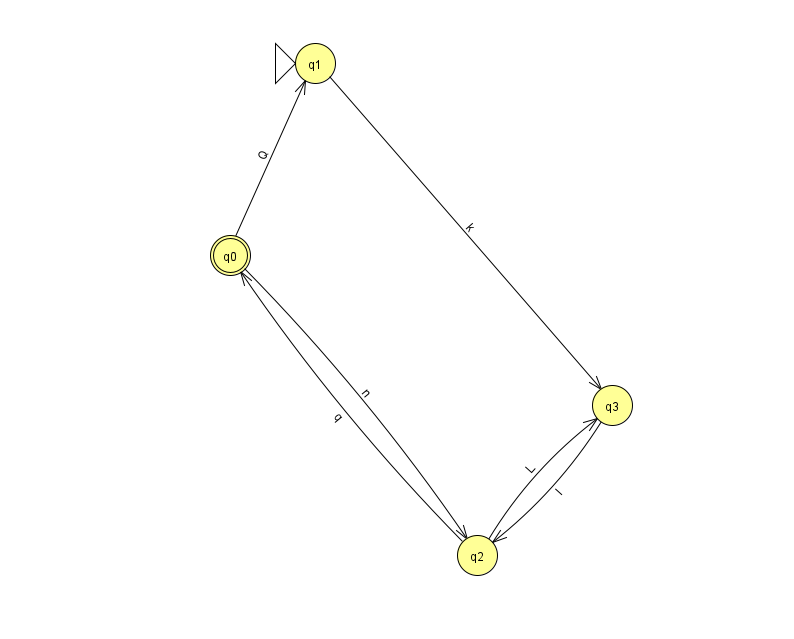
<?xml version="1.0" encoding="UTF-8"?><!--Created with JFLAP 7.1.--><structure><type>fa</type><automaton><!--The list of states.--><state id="0" name="q0"><x>230.0</x><y>242.0</y><final/></state><state id="1" name="q1"><x>315.0</x><y>50.0</y><initial/></state><state id="2" name="q2"><x>477.0</x><y>542.0</y></state><state id="3" name="q3"><x>612.0</x><y>392.0</y></state><!--The list of transitions.--><transition><from>2</from><to>0</to><read>q</read></transition><transition><from>0</from><to>1</to><read>Q</read></transition><transition><from>0</from><to>2</to><read>n</read></transition><transition><from>3</from><to>2</to><read>I</read></transition><transition><from>1</from><to>3</to><read>k</read></transition><transition><from>2</from><to>3</to><read>L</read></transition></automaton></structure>